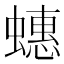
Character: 蟪